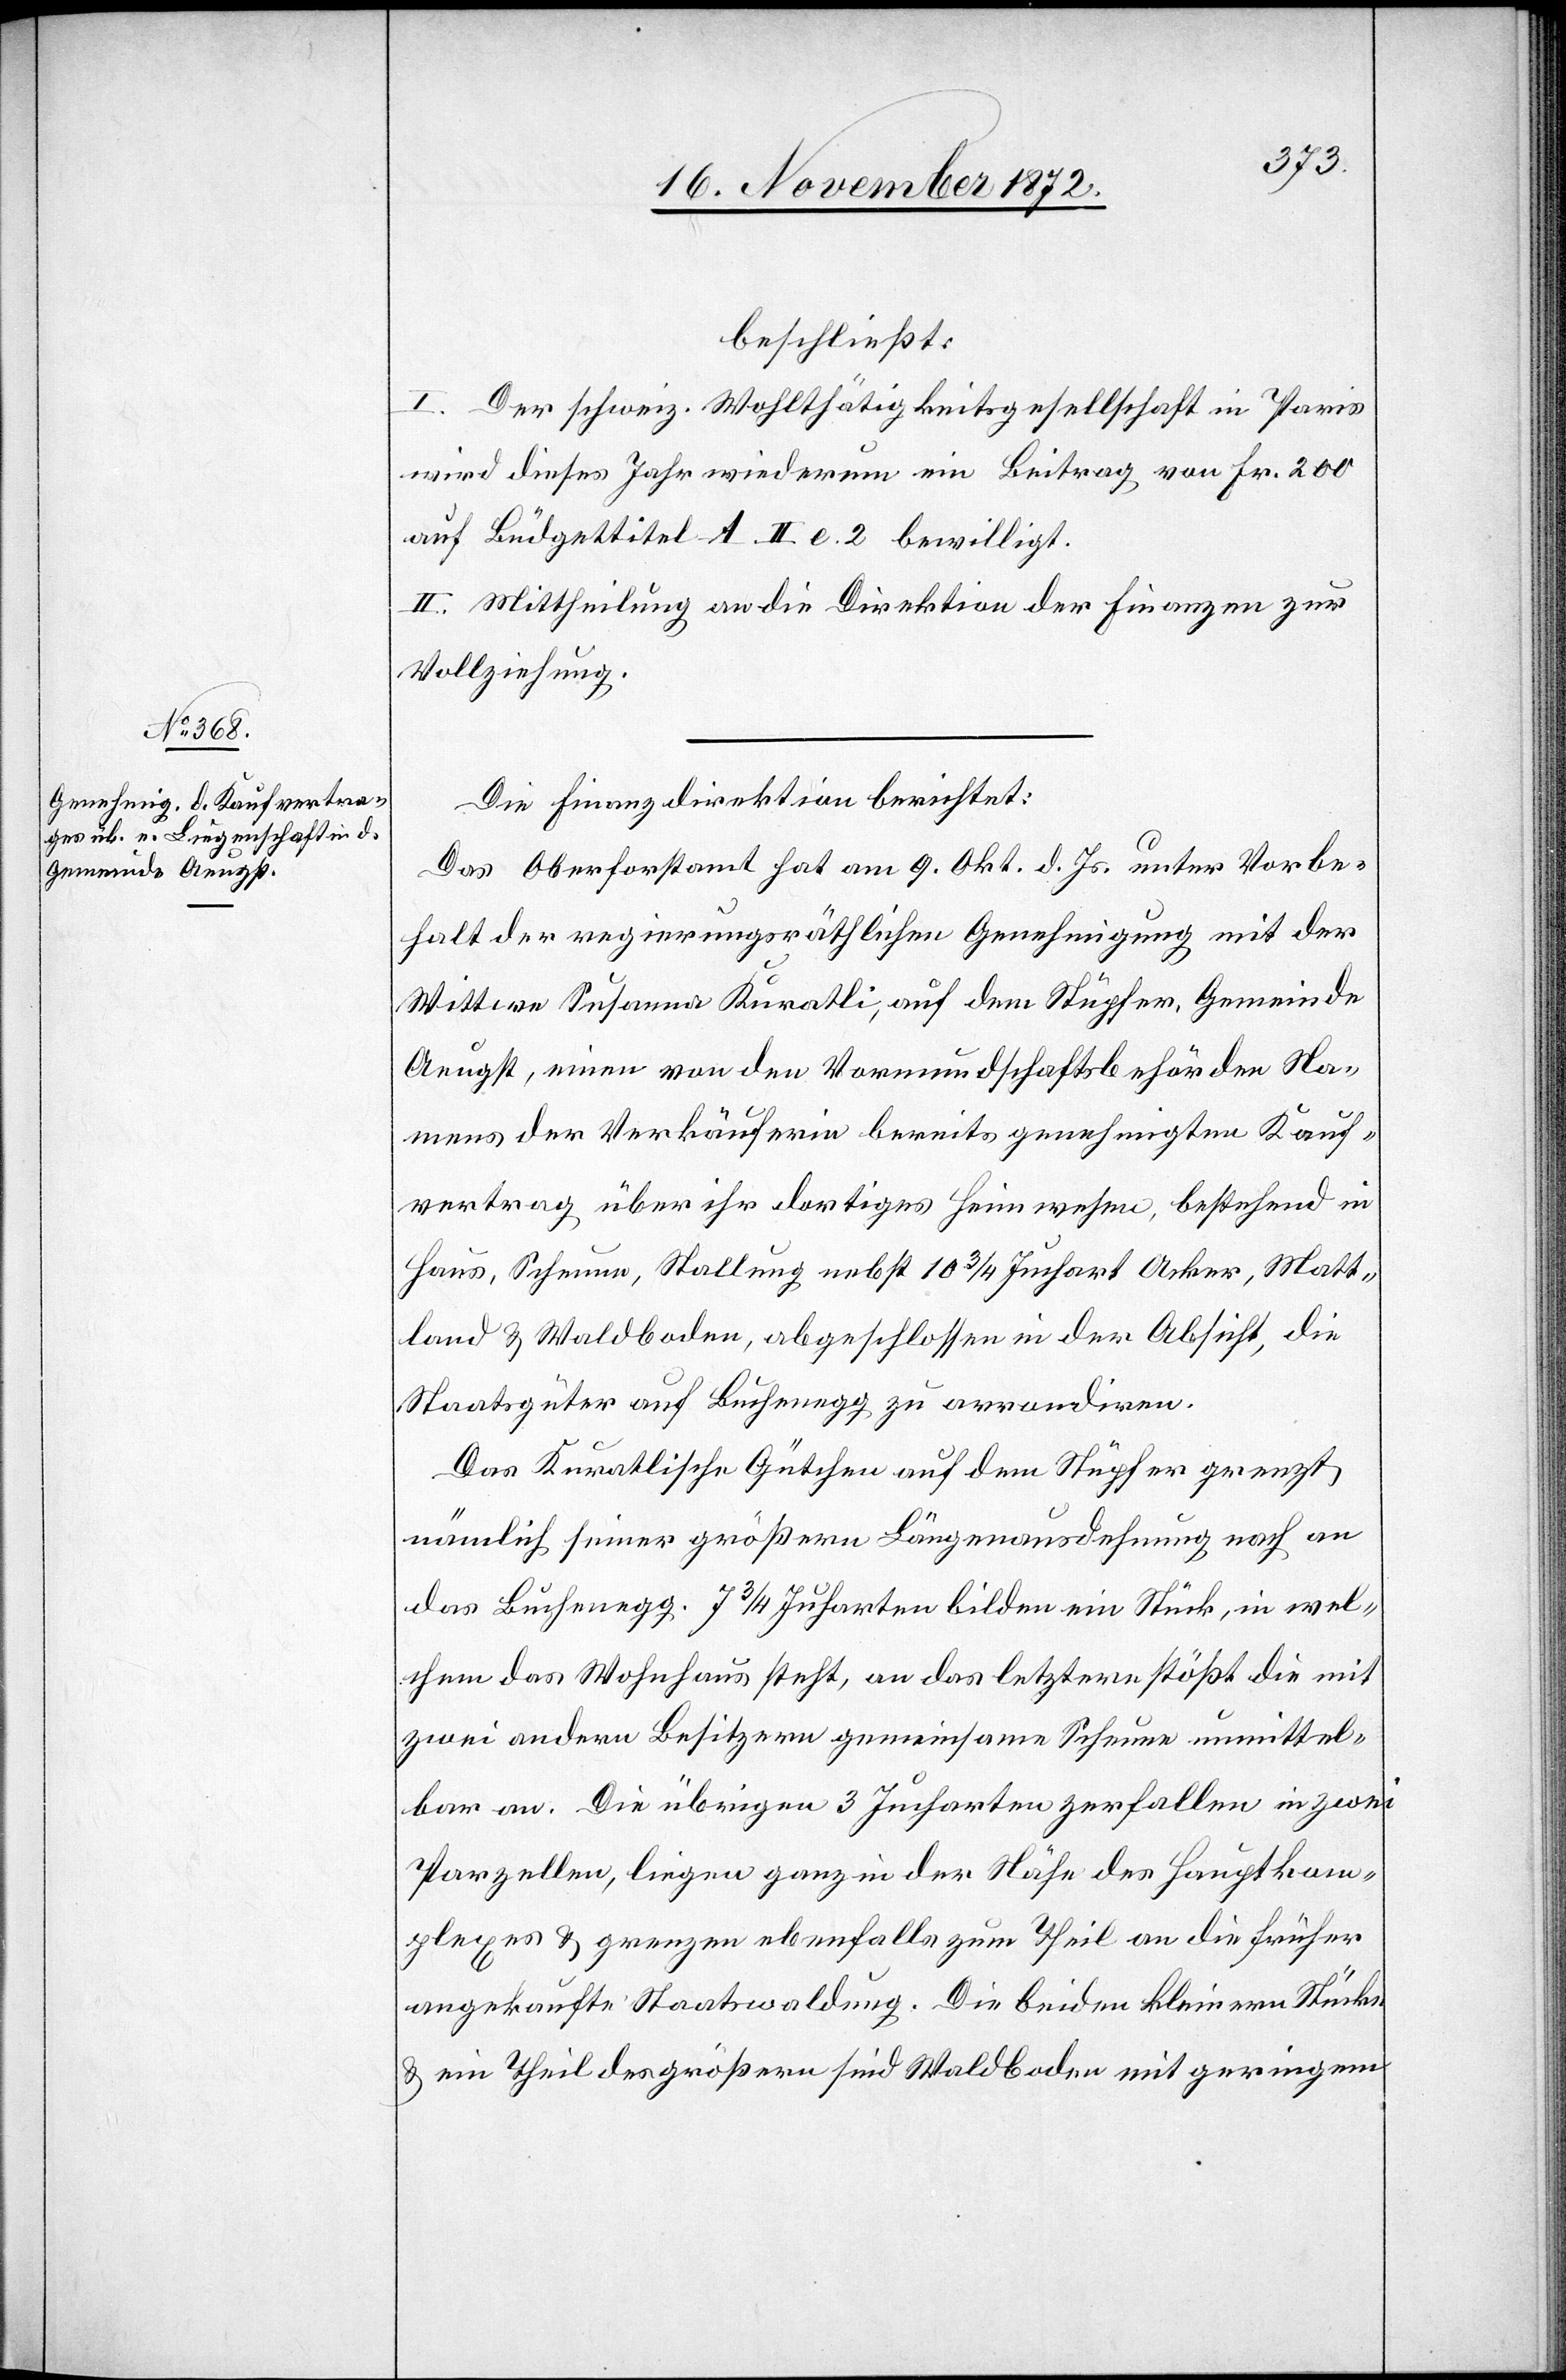
beschließt:
I. Der schweiz. Wohlthätigkeitsgesellschaft in Paris
wird dieses Jahr wiederum ein Beitrag von Fr. 200
auf Büdgettitel A. II. e. 2 bewilligt.
II. Mittheilung an die Direktion der Finanzen zur
Vollziehung.
Die Finanzdirektion berichtet:
Das Oberforstamt hat am 9. Okt. d. Js. unter Vorbe¬
halt der regierungsräthlichen Genehmigung mit der
Wittwe Susanna Kuratli, auf dem Stüpfer, Gemeinde
Aegust, einen von den Vormundschaftsbehörden Na¬
mens der Verkäuferin bereits genehmigten Kauf¬
vertrag über ihr dortiges Heimwesen, bestehend in
Haus, Scheune, Stallung nebst 10 3/4 Juchart Acker, Matt¬
land u. Waldboden, abgeschlossen in der Absicht, die
Staatsgüter auf Buchenegg zu arrondiren.
Das Kuratlische Gütchen auf dem Stüpfer grenzt
nämlich seiner größern Längenausdehnung nach an
das Buchenegg. 7 3/4 Jucharten bilden ein Stück, in wel¬
chem das Wohnhaus steht, an das letztere stößt die mit
zwei andern Besitzern gemeinsame Scheune unmittel¬
bar an. Die übrigen 3 Jucharten zerfallen in zwei
Parzellen, liegen ganz in der Nähe des Hauptkom¬
plexes u. grenzen ebenfalls zum Theil an die früher
angekaufte Staatswaldung. Die beiden kleinern Stücke
u. ein Theil des größern sind Waldboden mit geringem